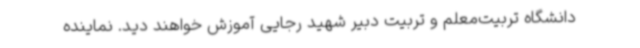
دانشگاه تربیت‌معلم و تربیت دبیر شهید رجایی آموزش خواهند دید. نماینده